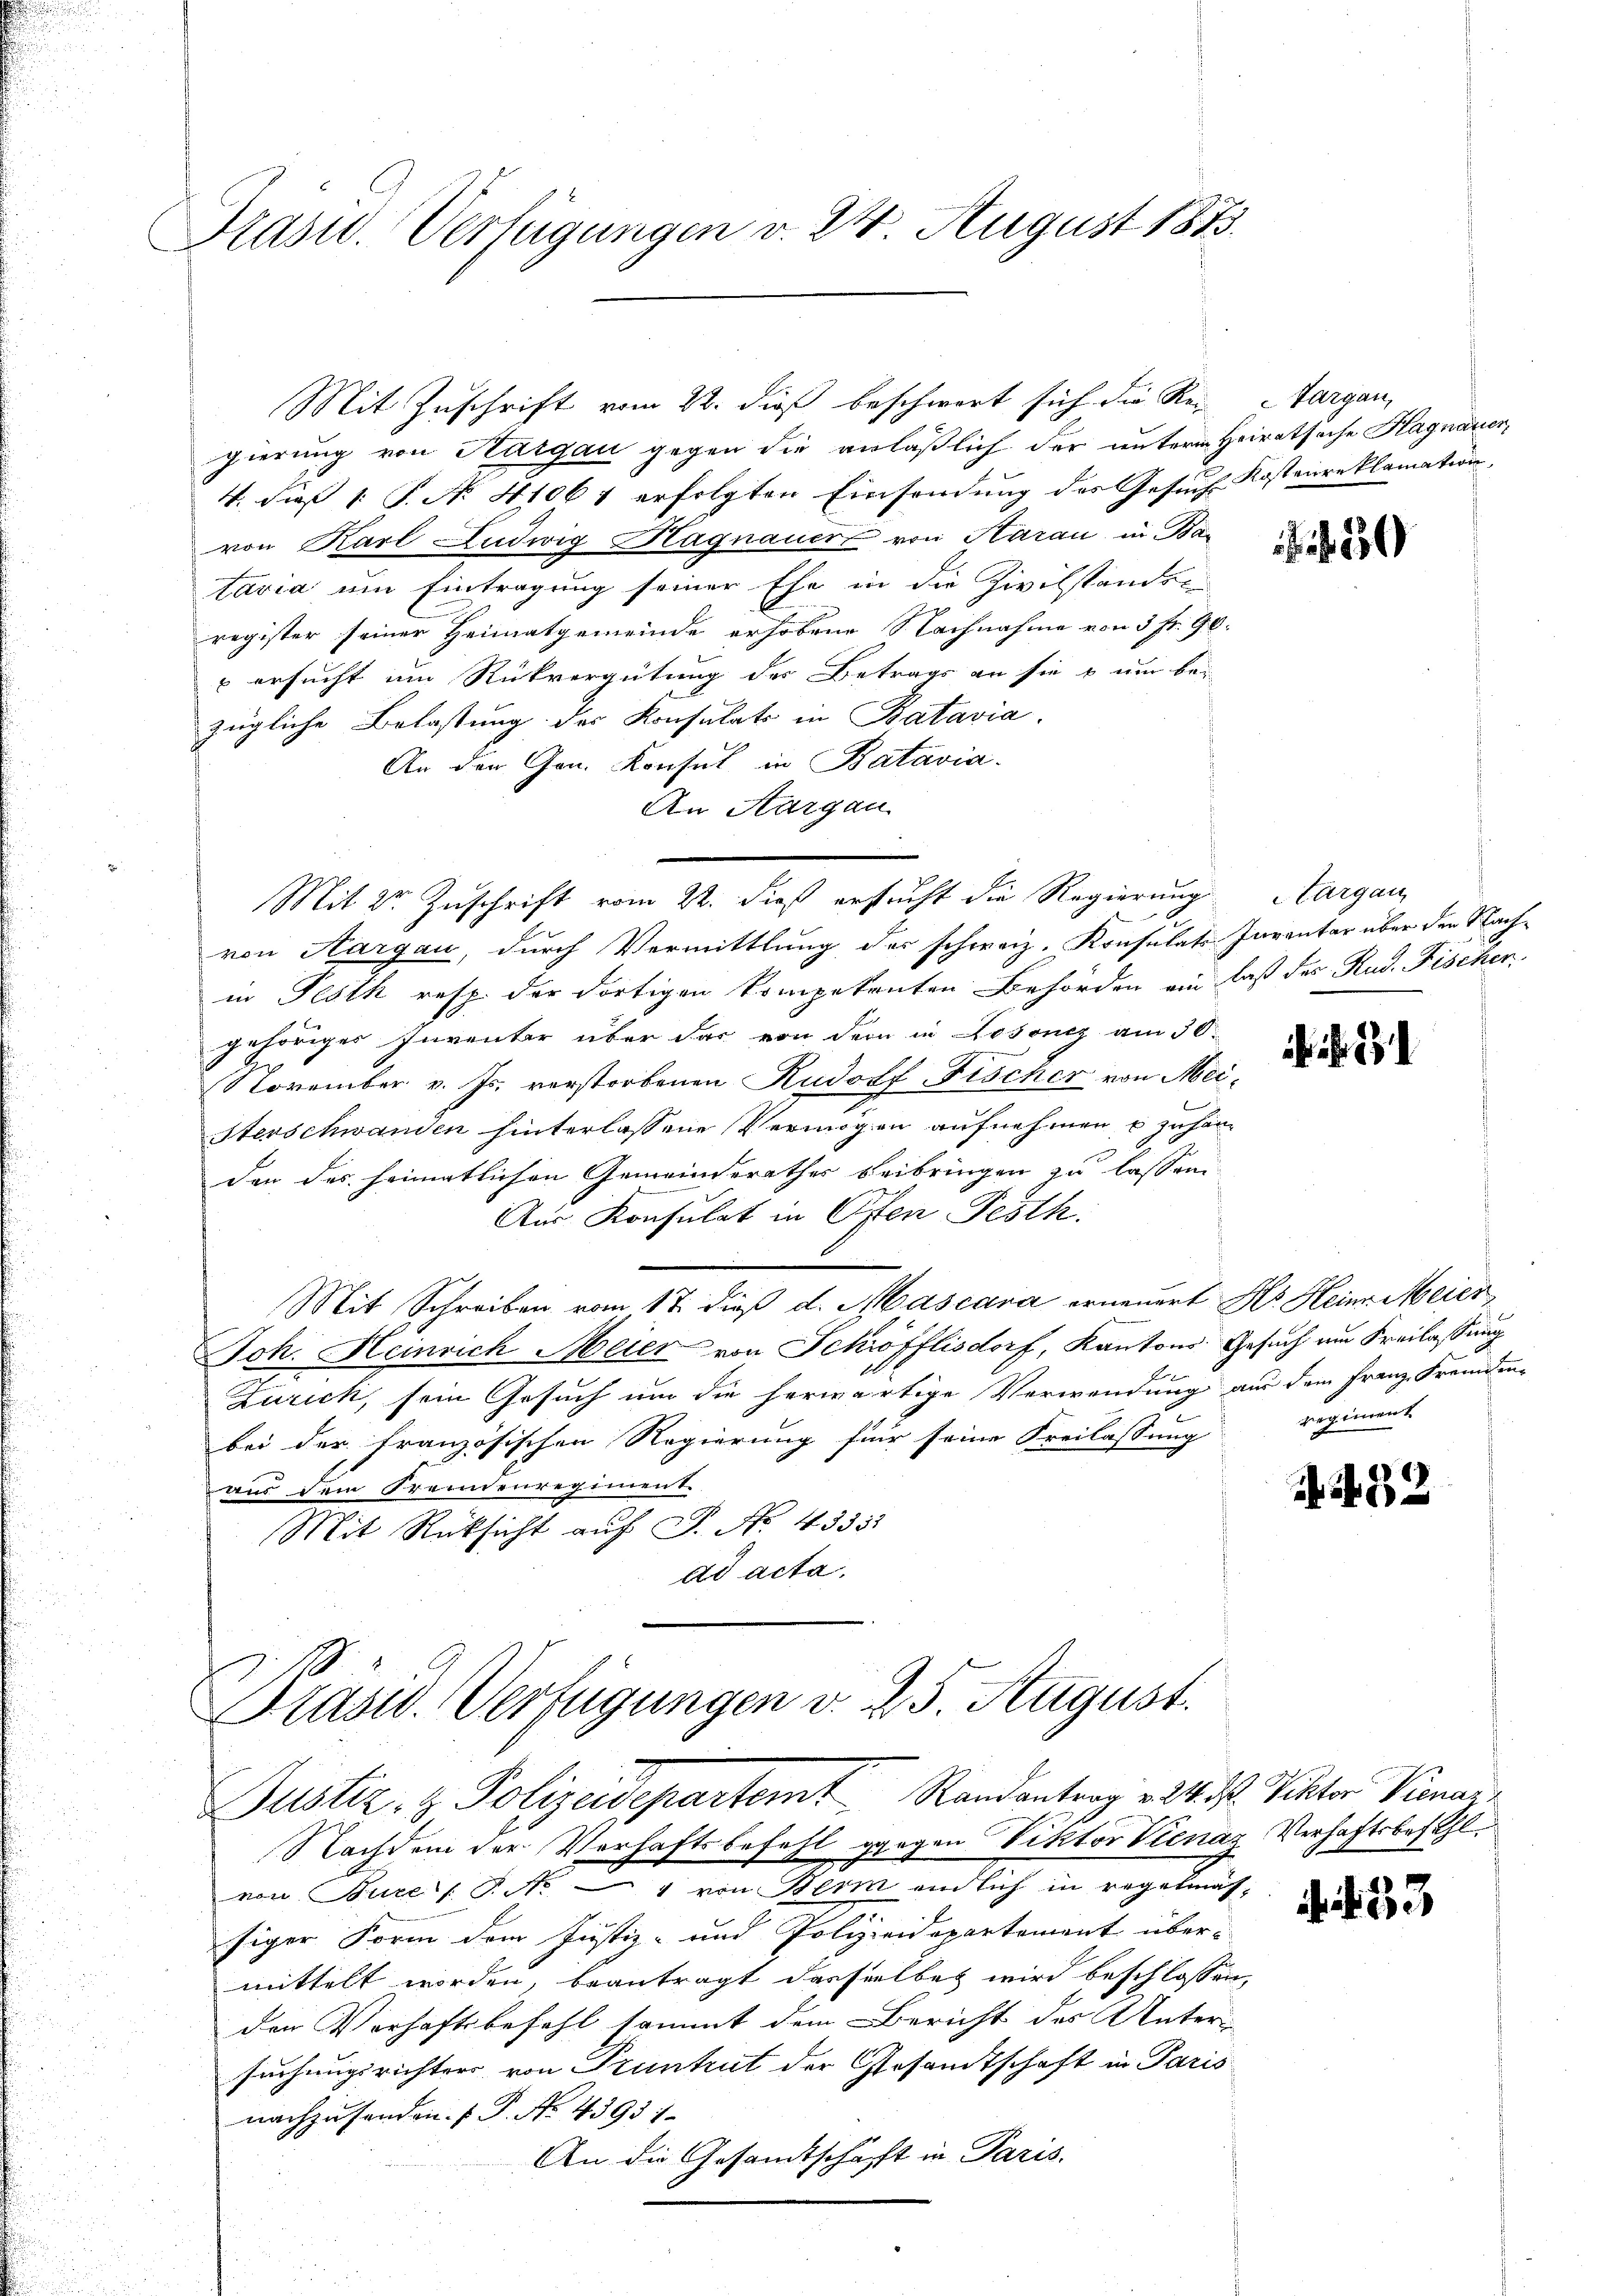
Grasw. Verfügungen v. 24. August 1873.

Mit Zuschrift vom 22. dieß beschwert sich die Rei-
gierung von Hargau gegen die anläßlich der unterm Heiratsache Hagnauer,
4. dieß 1: P. No. 41061 erfolgten Einsendung des Gesuch Kostenreklamation
von Karl Ludwig Hagnauer von Harau in Ban
tavia um Eintragung seiner Ehe in die Zivilstanden
register seiner Heimatgemeinde erhobene Nachnahme von 3 fr. 90.
 ersucht um Rückvergütung des Betrags an sie o um be-
zügliche Belastung des Konsulats in Batavia.
An der Gen. Konsul in Batavia.
An Aargau
Mit Dr Zuschrift vom 22. dieß ersucht die Regierung Aargau
von Aargau, durch Vermittlung des schweiz. Konsulats Inventar über den Nachin Festh resp. der dortigen kompetenten Behörden ein daß des Rud. Fischer
gehöriger Inventer über das von der in Losoniz am 30.
November v. Js. verstorbenen Rudolf Fischer von Mei¬
Stenschwanden hinterlassene Vermögen aufnehmen u zu handen des heimatlichen Gemeinderathes beibringen zu lassen
Air Konsulat in Osten Festh
Mit Schreiben vom 17. dieß d. Mascana erneuert Hr. Heinr. Meier
Joh. Heinrich Meier von Schöfflisdorf, Kantons Gesuch am Freilassung
e
Zürich, sein Gesuch um die herwärtige Verwendung aus dem Franz Fremden-
bei der französischen Regierung für seine Freilassung
aus dem Fremdenregiment
Mit Rücksicht auf P. No. 4333.
ad acta.

Plast. Verfügungen v. 25. August.
Justiz- & Polizeidepartemt Randantrag v. 24. d. Viktor Pinai¬

Targau,

Nachdem der Verhaftsbefehl gegen Viktor Vienaz Verhaftsbezahl
von Bure / P. Nr. — " von Bern endlich in regelmässiger Form dem Justiz- und Polizeidepartement übermittelt worden, beantragt dasselben wird beschlossen,
den Vorhaftsbefehl sammt dem Bericht des Unters
suchungsrichters von Pruntrut der Gesandtschaft in Paris
nachzusenden. (T. No. 4393 1
An die Gesandtschafft in Paris.

regiment

f

133

. 433